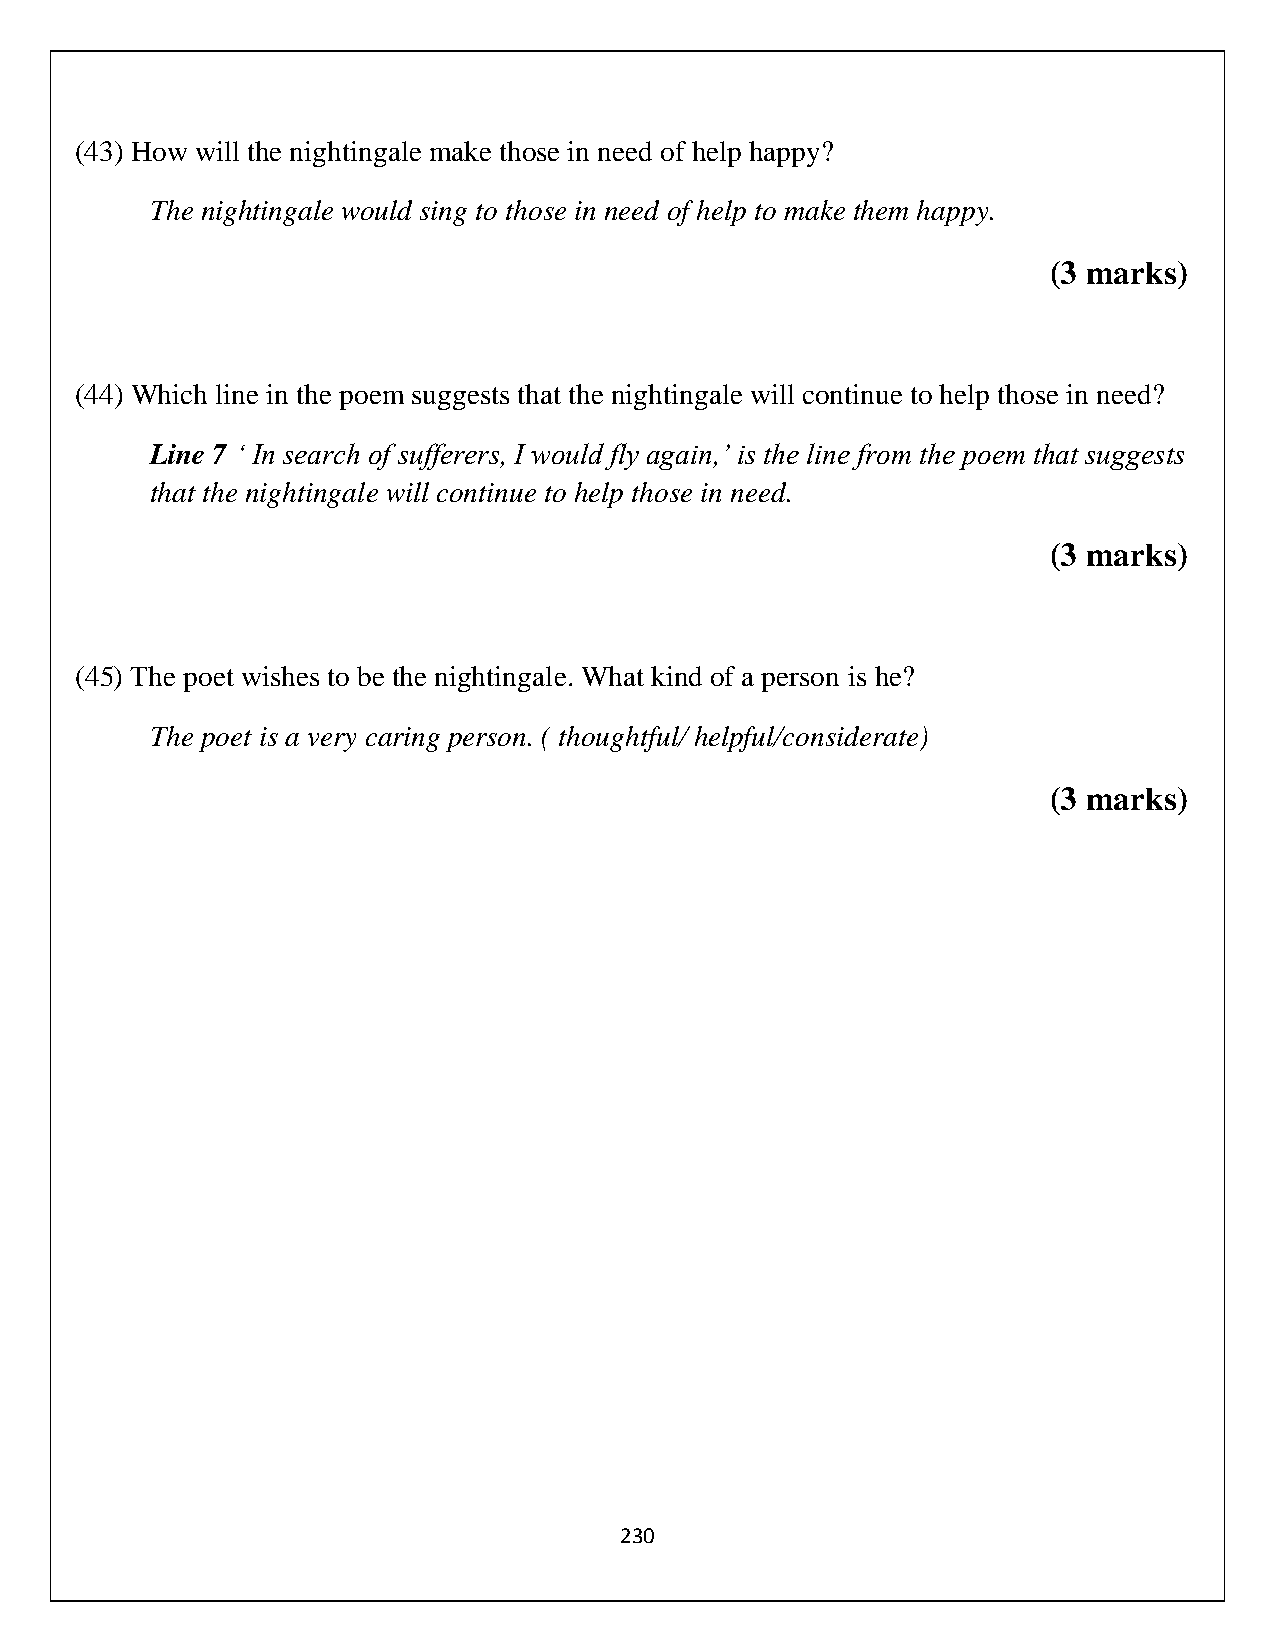
(43) How will the nightingale make those in need of help happy?
 The nightingale would sing to those in need of help to make them happy.
 (3 marks)
 (44) Which line in the poem suggests that the nightingale will continue to help those in need?
 Line 7 ‘ In search of sufferers, I would fly again,’ is the line from the poem that suggests
 that the nightingale will continue to help those in need.
 (3 marks)
 (45) The poet wishes to be the nightingale. What kind of a person is he?
 The poet is a very caring person. ( thoughtful/ helpful/considerate)
 (3 marks)
 230